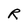
Character: R